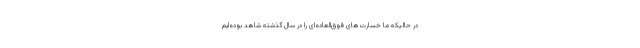
در حالیکه ما خسارت‌های فوق‌العاده‌ای را در سال گذشته شاهد بوده‌ایم